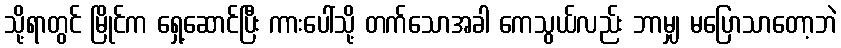
သို့ရာတွင် မြိုင်က ရှေ့ဆောင်ပြီး ကားပေါ်သို့ တက်သောအခါ ကေသွယ်လည်း ဘာမျှ မပြောသာတော့ဘဲ